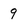
Character: 9